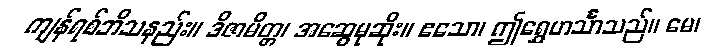
ကျန်ရစ်ဘိသနည်း။ ဒိဇာမိတ္တ၊ အဆွေမုဆိုး။ ဧသော၊ ဤရွှေဟင်္သာသည်။ မေ၊